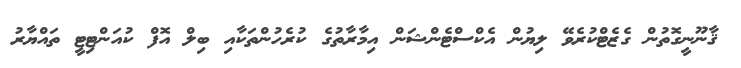
ޤާނޫނީގޮތުން ގެޒެޓްކުރެވޭ ލިޔުން އެކްސްޓެންޝަން އިމާރާތުގެ ކުރެހުންތަކާއި ބިލް އޮފް ކުއަންޓިޓީ ތައްޔާރު